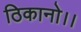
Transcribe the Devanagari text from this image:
ठिकानो।।